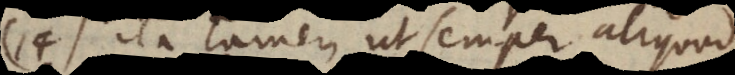
14) ita tamen ut semper aliquod